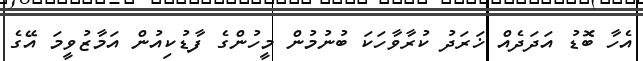
އެހާ ބޮޑު އަދަދެއް ޚަރަދު ކުރާވާހަކަ ބުނުމުން މީހުންގެ ފާޑުކިއުން އަމާޒުވީމަ އޭގެ